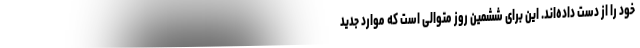
خود را از دست داده‌اند. این برای ششمین روز متوالی است که موارد جدید